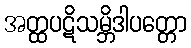
အတ္ထပဋိသမ္ဘိဒါပတ္တော